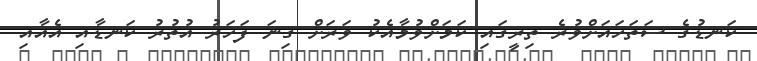
ކަނޑުގެ ސަތަހައަށްވުރެ ތިރީގައި ކަމަށްވުމާއެކު ވަރަށް ގިނަ ފަހަރު އުތުރު ކަނޑާއި އެއާއި